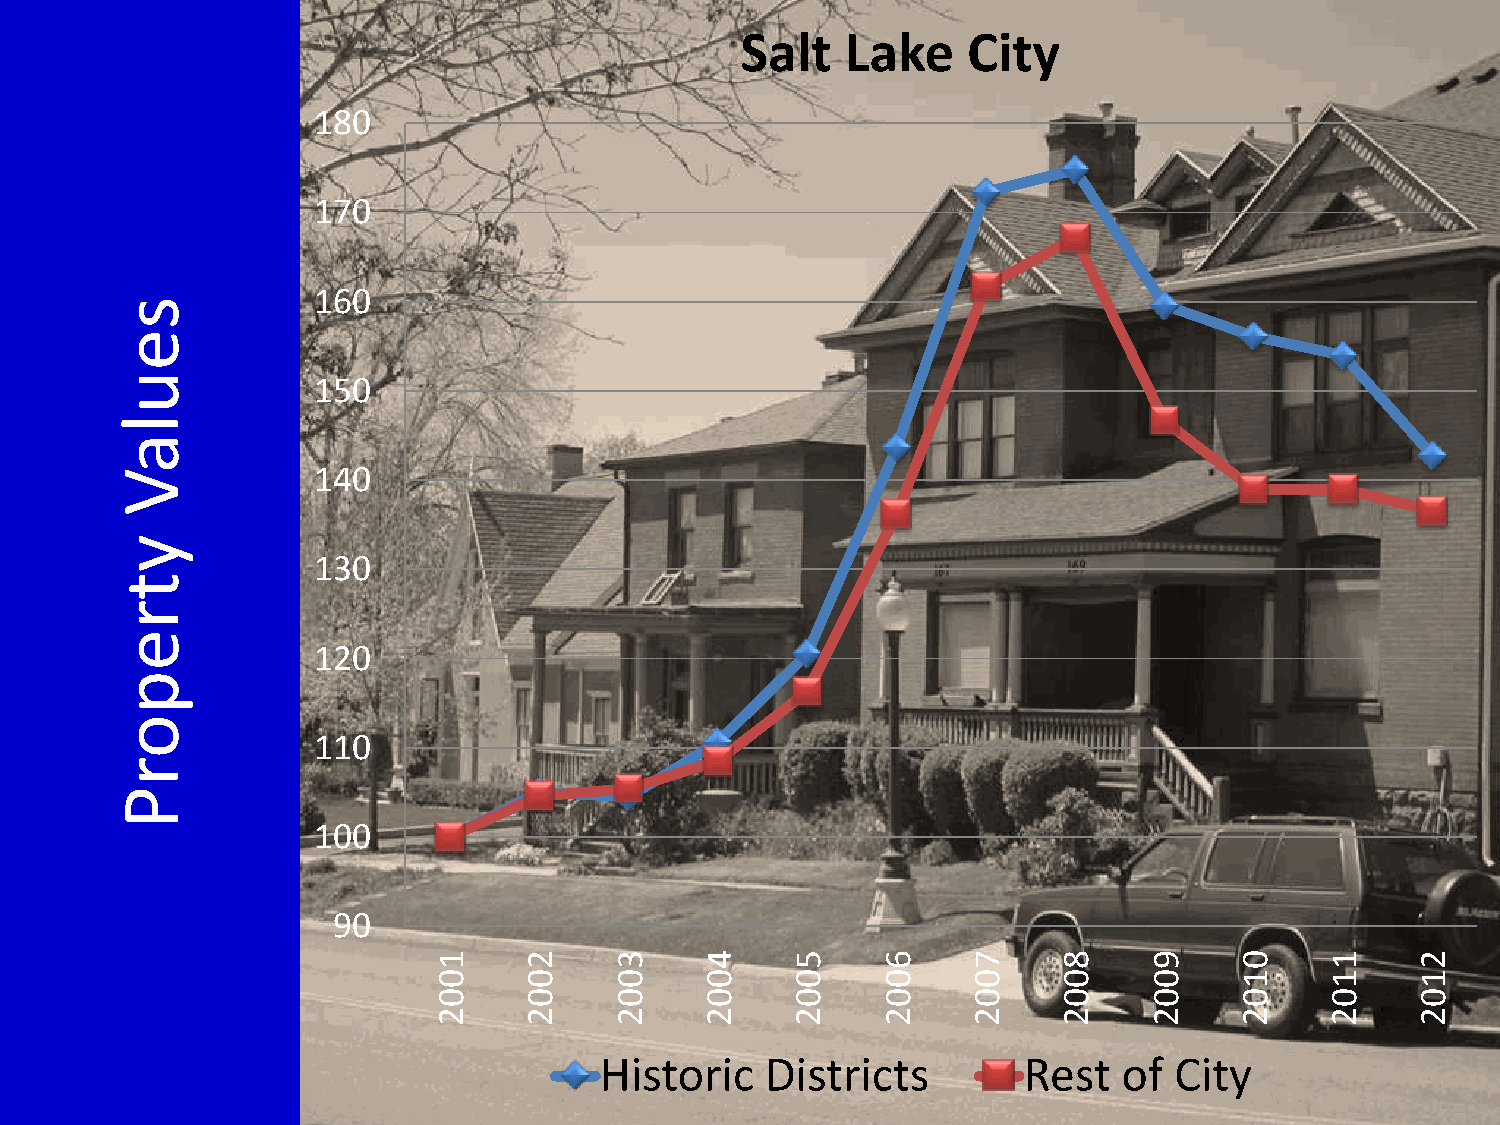
Salt   Lake    City
 180
 170
 160
 s
 e
 u            150
 l
 a
 V            140
 y
 130
 t
 r
 e
 120
 p
 o
 110
 r
 P
 100
 90
 1     2     3     4    5     6     7     8     9     0     1     2
 0     0     0     0    0     0     0     0     0     1     1     1
 0     0     0     0    0     0     0     0     0     0     0     0
 2     2     2     2    2     2     2     2     2     2     2     2
 Historic   Districts        Rest  of  City